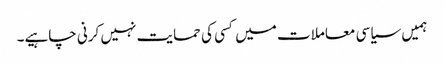
‏ ہمیں سیاسی معاملات میں کسی کی حمایت نہیں کرنی چاہیے۔